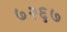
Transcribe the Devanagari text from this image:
७२६७